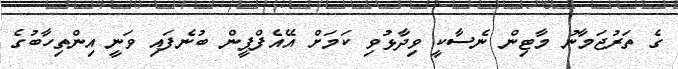
ގެ ތަރުޖަމާނު މާޓިން ނެސާކީ ވިދާޅުވި ކަމަށް އޭއެފްޕީން ބުނެފައި ވަނީ އިންތިހާބުގެ